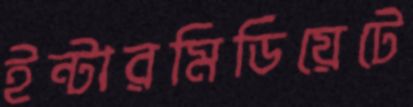
ইন্টারমিডিয়েটে